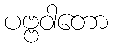
ပဗ္ဗဝါတော